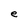
Character: e